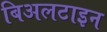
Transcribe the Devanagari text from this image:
बिअलटाइन